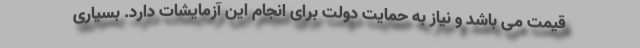
قیمت می باشد و نیاز به حمایت دولت برای انجام این آزمایشات دارد. بسیاری